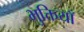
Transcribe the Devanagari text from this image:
भुक्तियाँ